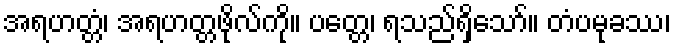
အရဟတ္တံ၊ အရဟတ္တဖိုလ်ကို။ ပတ္တေ၊ ရသည်ရှိသော်။ တံပမုခဿ၊